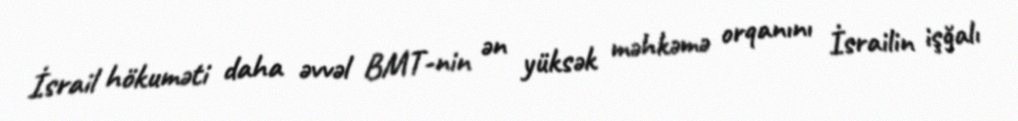
İsrail hökuməti daha əvvəl BMT-nin ən yüksək məhkəmə orqanını İsrailin işğalı